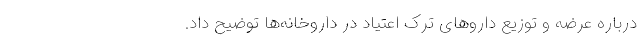
درباره عرضه و توزیع دارو‌های ترک اعتیاد در داروخانه‌ها توضیح داد.